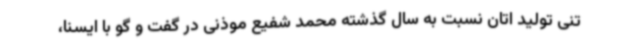
تنی تولید اتان نسبت به سال گذشته محمد شفیع موذنی در گفت و گو با ایسنا،